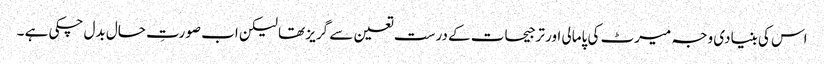
اس کی بنیادی وجہ میرٹ کی پامالی اور ترجیحات کے درست تعین سے گریز تھا لیکن اب صورتِ حال بدل چکی ہے ۔